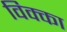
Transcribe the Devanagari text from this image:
विक्का